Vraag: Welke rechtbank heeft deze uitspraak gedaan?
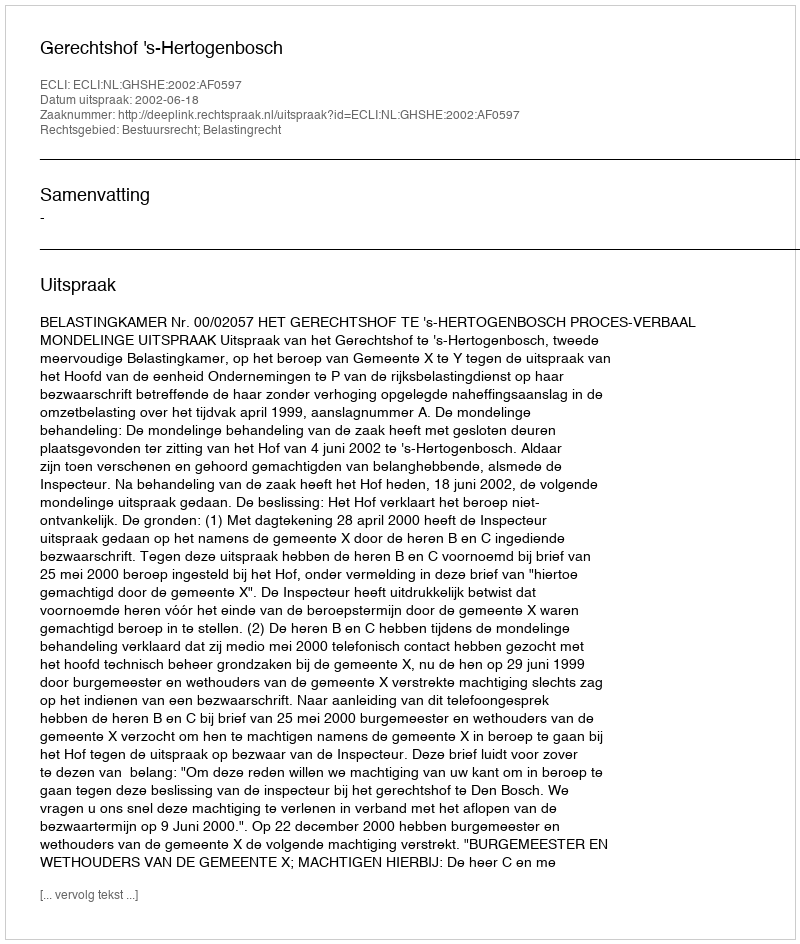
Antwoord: Gerechtshof 's-Hertogenbosch